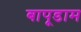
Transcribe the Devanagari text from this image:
बापूडाम